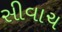
સીવાચ